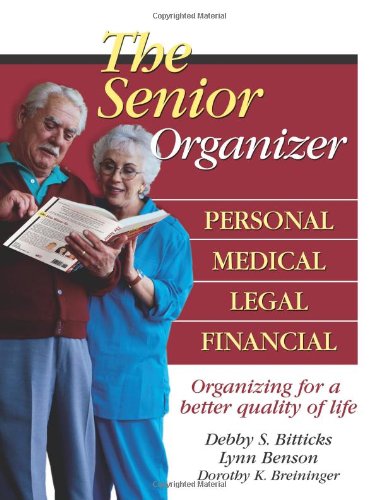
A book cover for The Senior Organizer: Personal, Medical, Legal, Financial; Debby S. Bitticks; Reference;